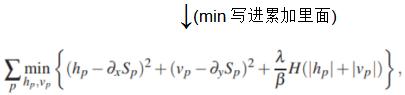
$\begin{gathered}\downarrow(\min\text{ 写进累加里面})\\ \sum_{p} \min _{h_{p}, v_{p}}\left\{\left(h_{p}-\partial_{x} S_{p}\right)^{2}+\left(v_{p}-\partial_{y} S_{p}\right)^{2}+\frac{\lambda}{\beta} \mathcal{H}\left(\left|h_{p}\right|+\left|v_{p}\right|\right)\right\},\end{gathered}$